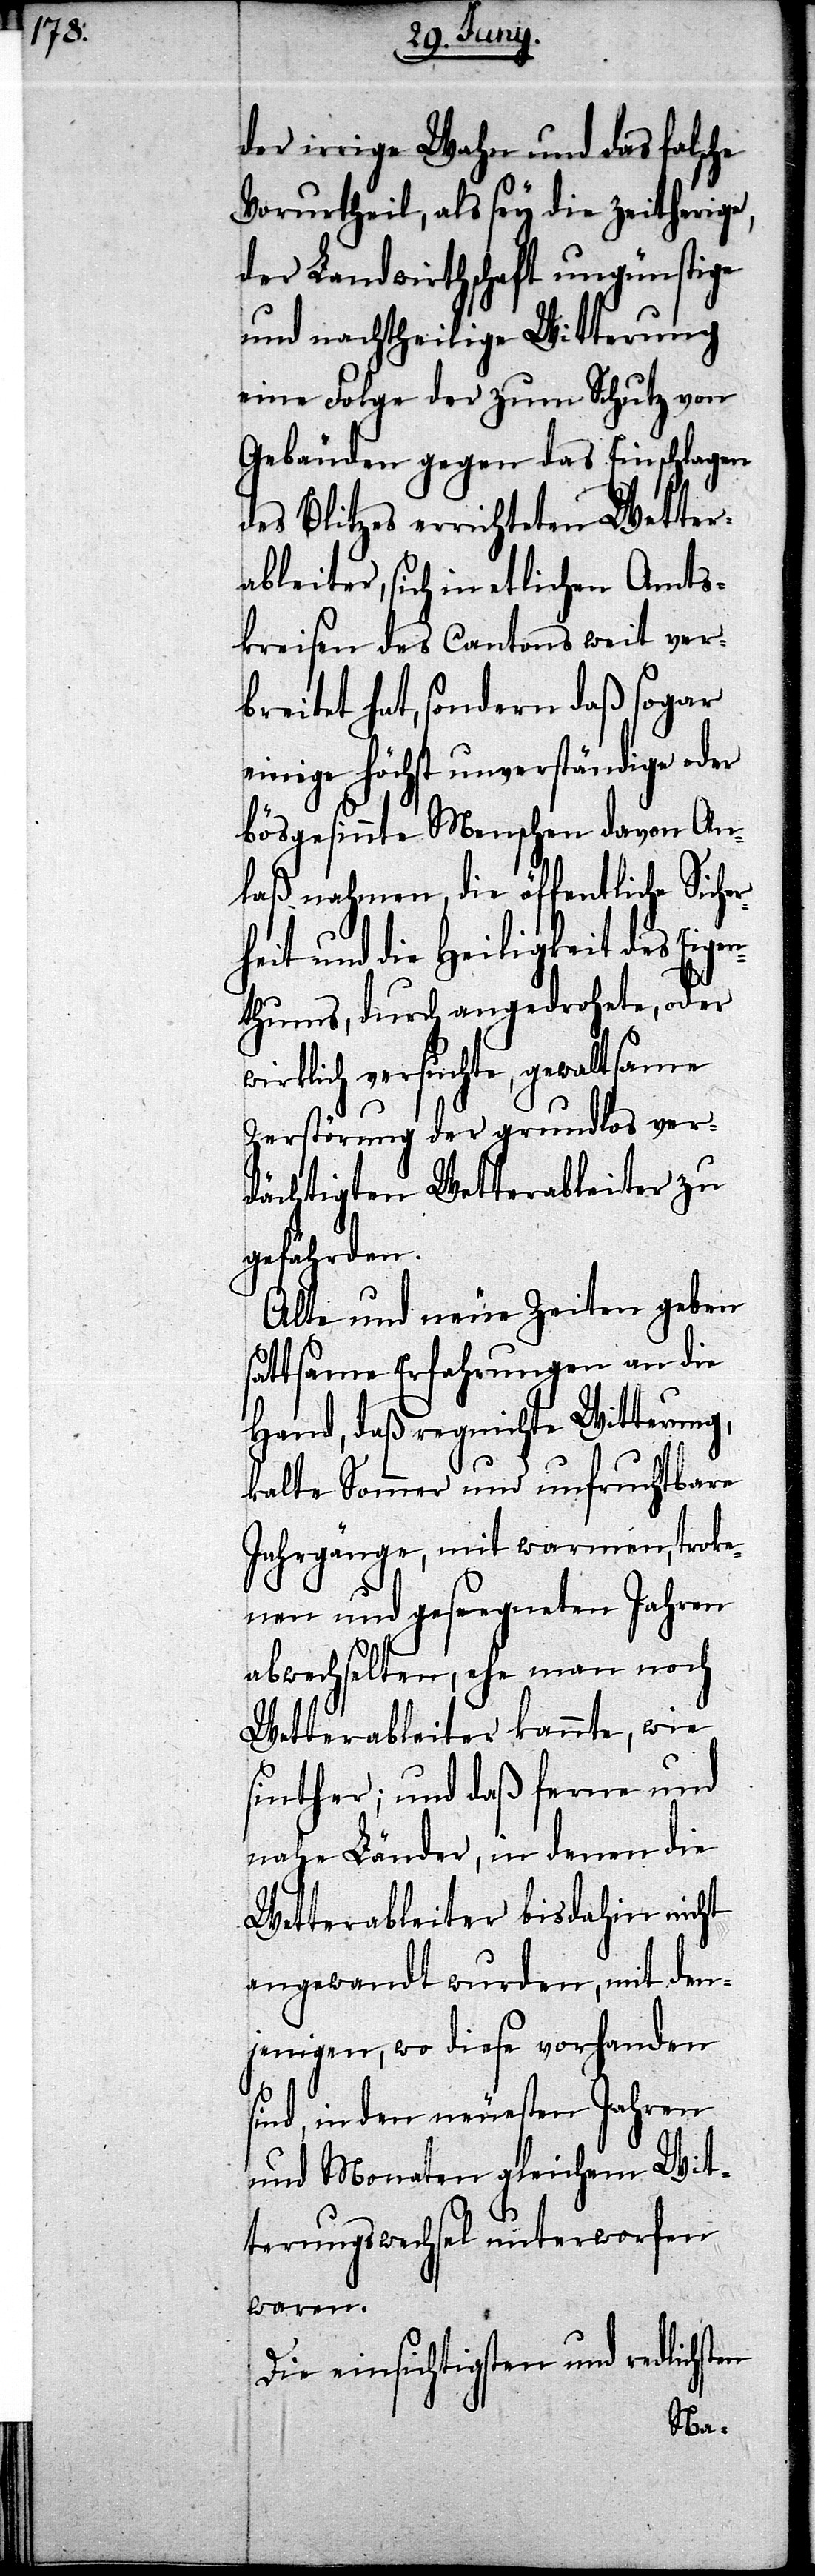
der irrige Wahn und das falsche
Vorurtheil, als sey die zeitherige,
der Landwirthschaft ungünstige
und nachtheilige Witterung
eine Folge der zum Schutz von
Gebäuden gegen das Einschlagen
des Blitzes errichteten Wetter¬
ableiter, sich in etlichen Amts¬
kreisen des Cantons weit ver¬
breitet hat, sondern daß sogar
einige höchst unverständige oder
bösgesinnte Menschen davon An¬
laß nahmen, die öffentliche Siche¬
rheit und die Heiligkeit des Eigen¬
thums, durch angedrohete, oder
wirklich versuchte, gewaltsame
Zerstörung der grundlos ver¬
dächtigten Wetterableiter zu
gefährden.
Alte und neue Zeiten geben
sattsame Erfahrungen an die
Hand, daß regnichte Witterung,
kalte Sommer und unfruchtbare
Jahrgänge, mit warmen, troke¬
nen und geseegneten Jahren
abwechselten, ehe man noch
Wetterableiter kannte, wie
sinther; und daß ferne und
nahe Länder, in denen die
Wetterableiter bisdahin nicht
angewandt wurden, mit den¬
jenigen, wo diese vorhanden
sind, in den neuesten Jahren
und Monaten gleichem Wit¬
terungswechsel unterworfen
waren.
Die einsichtigsten und redlichsten